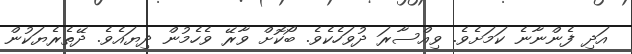
އަދި ފެންނާނެ ކަމަށެވެ. ވިއްސާރަ ދުވަހެކެވެ. ބޯކޮށް ވާރޭ ވެހެމުން ދިޔައެވެ. ދޭތެރެޔަކުން